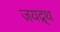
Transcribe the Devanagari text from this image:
जयद्र्थ